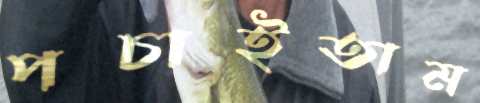
পচাইতাম